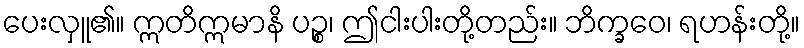
ပေးလှူ၏။ ဣတိဣမာနိ ပဉ္စ၊ ဤငါးပါးတို့တည်း။ ဘိက္ခဝေ၊ ရဟန်းတို့။